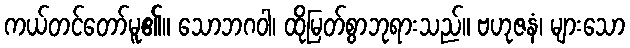
ကယ်တင်တော်မူ၏။ သောဘဂဝါ၊ ထိုမြတ်စွာဘုရားသည်။ ဗဟုဇနံ၊ များသော